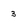
Character: 3